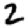
Digit: 2